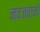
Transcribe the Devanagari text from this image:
नवजवानों